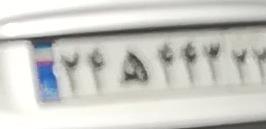
۲۴ه۴۴۳۲۳